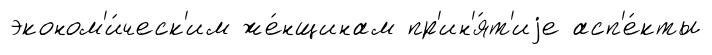
эконом'и́ческ'им же́нщинам пр'ин'я́т'иjе асп'е́кты